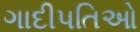
ગાદીપતિઓ